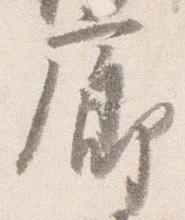
廊